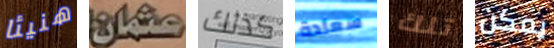
هنيئا عثمان كذلك سعادة تلك يمكن